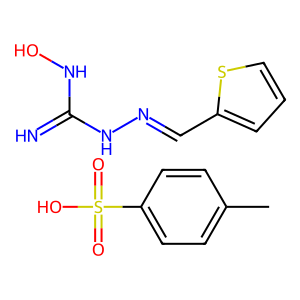
SMILES: Cc1ccc(S(=O)(=O)O)cc1.N=C(NO)NN=Cc1cccs1
Inhibits HIV replication: No